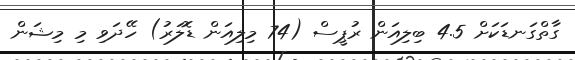
ގާތްގަނޑަކަށް 4.5 ބިލިއަން ރުޕީސް (74 މިލިއަން ޑޮލަރު) ހޭދަވި މި މިޝަން